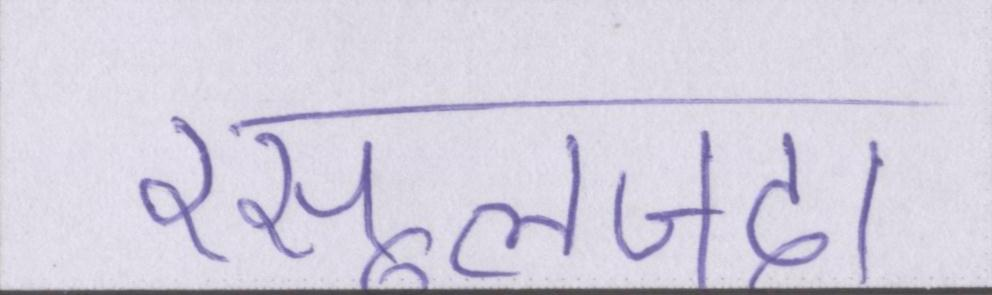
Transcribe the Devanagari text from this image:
रसूलजदा